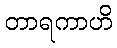
တာရကာဟိ